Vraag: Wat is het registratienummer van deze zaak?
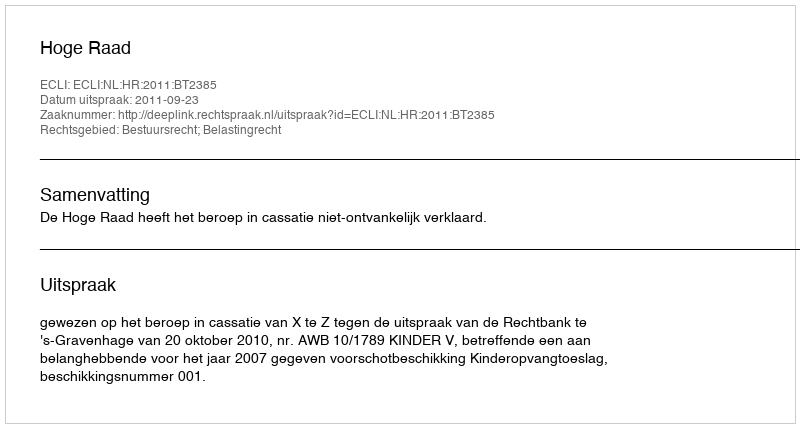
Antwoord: http://deeplink.rechtspraak.nl/uitspraak?id=ECLI:NL:HR:2011:BT2385